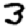
Digit: 3